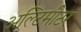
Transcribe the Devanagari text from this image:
अल्टिमीटर